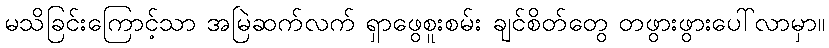
မသိခြင်းကြောင့်သာ အမြဲဆက်လက် ရှာဖွေစူးစမ်း ချင်စိတ်တွေ တဖွားဖွားပေါ်လာမှာ။